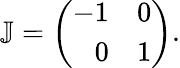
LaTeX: \mathbb{J}=\left(\begin{array}{rr}{-1}&{0}\\ {0}&{1}\end{array}\right).